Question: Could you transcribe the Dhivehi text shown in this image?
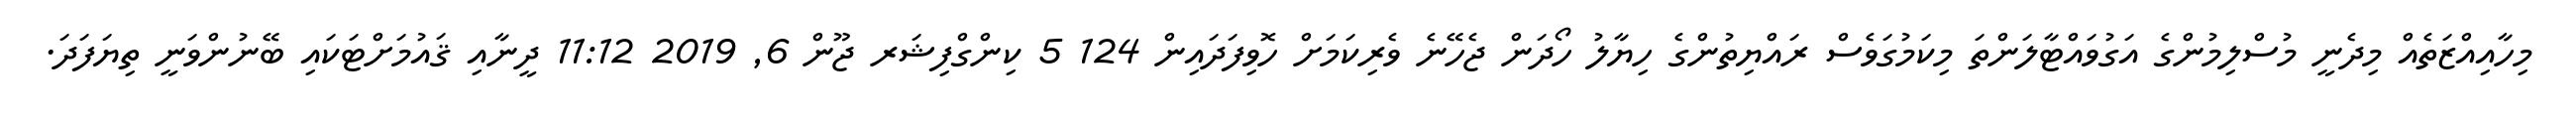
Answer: މިހާއިއްޒަތެއް މިދެނީ މުސްލިމުންގެ އަގުވައްޓާލަންތަ މިކަމުގަވެސް ރައްޔިތުންގެ ހިޔާލު ހޯދަން ޖެހޭނެ ވެރިކަމަށް ހޮވިފަދައިން 124 5 ކިންގްފިޝަރ ޖޫން 6, 2019 11:12 ދީނާއި ޤައުމަށްޓަކައި ބޭނުންވަނީ ތިޔަފަދަ.